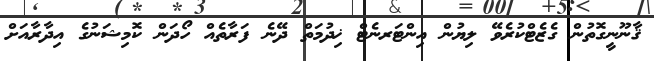
ޤާނޫނީގޮތުން ގެޒެޓްކުރެވޭ ލިޔުން އިންޓަރނެޓް ޚިދުމަތް ދޭނެ ފަރާތެއް ހޯދަން ކޮމިޝަނުގެ އިދާރާއަށް